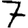
Digit: 7